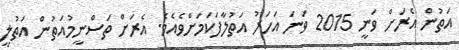
އަތުން އެރަށް ވަނީ 2015 ވަނަ އަހަރު އަތުލާފަކަމަށްވެއެވެ. އެރަށް ތަސްނީމުއަތުން އަތުލީ